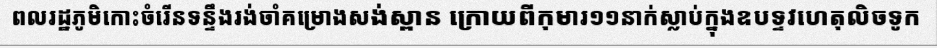
ពលរដ្ឋភូមិកោះចំរើនទន្ទឹងរង់ចាំគម្រោងសង់ស្ពាន ក្រោយពីកុមារ១១នាក់ស្លាប់ក្នុងឧបទ្ទវហេតុលិចទូក